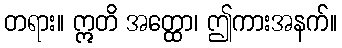
တရား။ ဣတိ အတ္ထော၊ ဤကားအနက်။